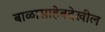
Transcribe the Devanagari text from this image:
बाळासाहेबदेखील